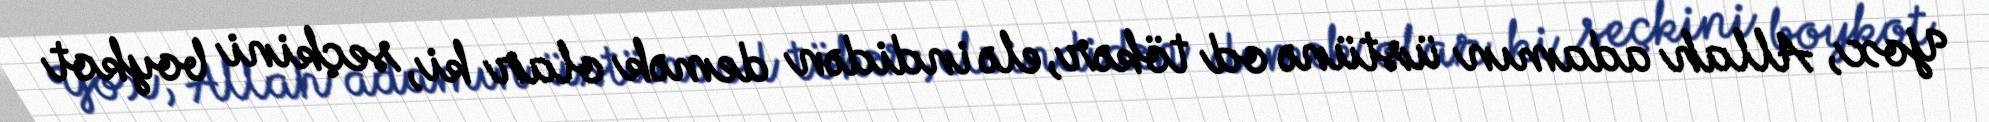
Yox, Allah adamın üstünə od tökər, elə indidən demək olar ki, seçkini boykot